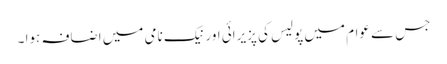
جس سے عوام میں پولیس کی پزیرائی اور نیک نامی میں اضافہ ہوا ۔